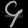
Digit: ၄